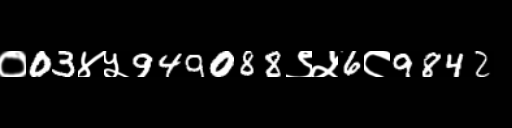
Text: ०03४५949088९५6८9842